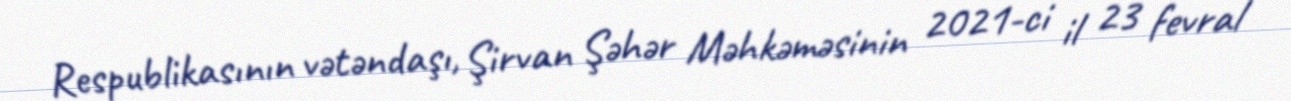
Respublikasının vətəndaşı, Şirvan Şəhər Məhkəməsinin 2021-ci il 23 fevral